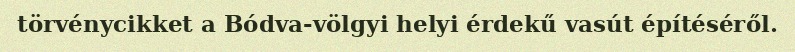
törvénycikket a Bódva-völgyi helyi érdekű vasút építéséről.